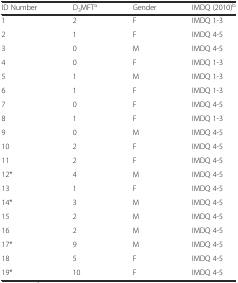
<table><thead><tr><td><b>ID Number</b></td><td><b>D<sub>3</sub>MFT<sup>a</sup></b></td><td><b>Gender</b></td><td><b>IMDQ (2010)<sup>b</sup></b></td></tr></thead><tbody><tr><td>1</td><td>2</td><td>F</td><td>IMDQ 1-3</td></tr><tr><td>2</td><td>1</td><td>F</td><td>IMDQ 4-5</td></tr><tr><td>3</td><td>0</td><td>M</td><td>IMDQ 4-5</td></tr><tr><td>4</td><td>0</td><td>F</td><td>IMDQ 1-3</td></tr><tr><td>5</td><td>1</td><td>M</td><td>IMDQ 1-3</td></tr><tr><td>6</td><td>1</td><td>F</td><td>IMDQ 1-3</td></tr><tr><td>7</td><td>0</td><td>F</td><td>IMDQ 4-5</td></tr><tr><td>8</td><td>1</td><td>F</td><td>IMDQ 1-3</td></tr><tr><td>9</td><td>0</td><td>M</td><td>IMDQ 4-5</td></tr><tr><td>10</td><td>2</td><td>F</td><td>IMDQ 4-5</td></tr><tr><td>11</td><td>2</td><td>F</td><td>IMDQ 4-5</td></tr><tr><td>12*</td><td>4</td><td>M</td><td>IMDQ 4-5</td></tr><tr><td>13</td><td>1</td><td>F</td><td>IMDQ 4-5</td></tr><tr><td>14*</td><td>3</td><td>M</td><td>IMDQ 4-5</td></tr><tr><td>15</td><td>2</td><td>M</td><td>IMDQ 4-5</td></tr><tr><td>16</td><td>2</td><td>M</td><td>IMDQ 4-5</td></tr><tr><td>17*</td><td>9</td><td>M</td><td>IMDQ 4-5</td></tr><tr><td>18</td><td>5</td><td>F</td><td>IMDQ 4-5</td></tr><tr><td>19*</td><td>10</td><td>F</td><td>IMDQ 4-5</td></tr></tbody></table>